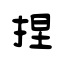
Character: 捏